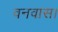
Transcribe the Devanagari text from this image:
वनवास।